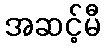
အဆင့်မီ